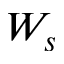
W _ { s }